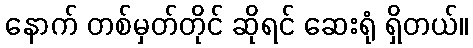
နောက် တစ်မှတ်တိုင် ဆိုရင် ဆေးရုံ ရှိတယ်။